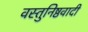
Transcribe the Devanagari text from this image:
वस्तुनिष्ठवादी